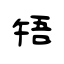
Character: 啎